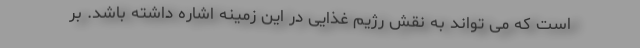
است که می تواند به نقش رژیم غذایی در این زمینه اشاره داشته باشد. بر